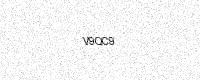
Text: V9QC9